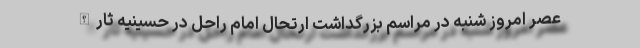
عصر امروز شنبه در مراسم بزرگداشت ارتحال امام راحل در حسینیه ثارالله